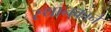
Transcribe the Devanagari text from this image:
स्थानकाने